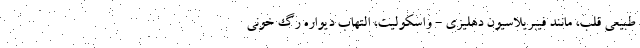
طبیعی قلب، مانند فیبریلاسیون دهلیزی - واسکولیت، التهاب دیواره رگ خونی